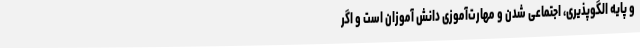
و پایه الگوپذیری، اجتماعی شدن و مهارت‌آموزی دانش آموزان است و اگر